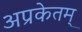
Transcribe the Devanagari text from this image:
अप्रकेतम्